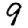
Digit: 9